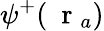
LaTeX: {\psi}^{+}(\mathrm{~\mathbf~r~}_{a})